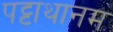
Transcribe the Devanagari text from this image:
पट्टाथानम